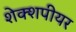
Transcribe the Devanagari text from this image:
शेक्शपीयर